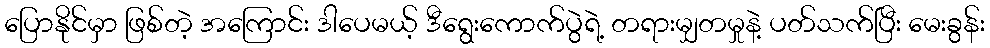
ပြောနိုင်မှာ ဖြစ်တဲ့ အကြောင်း ဒါပေမယ့် ဒီရွေးကောက်ပွဲရဲ့ တရားမျှတမှုနဲ့ ပတ်သက်ပြီး မေးခွန်း